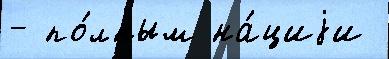
- по́лным на́циjи